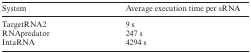
<table><thead><tr><td><b>System</b></td><td><b>Average execution time per sRNA</b></td></tr></thead><tbody><tr><td>TargetRNA2</td><td>9 s</td></tr><tr><td>RNApredator</td><td>247 s</td></tr><tr><td>IntaRNA</td><td>4294 s</td></tr></tbody></table>